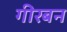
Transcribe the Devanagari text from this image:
गीरबन